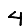
Digit: 4